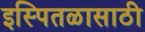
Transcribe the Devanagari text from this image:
इस्पितळासाठी